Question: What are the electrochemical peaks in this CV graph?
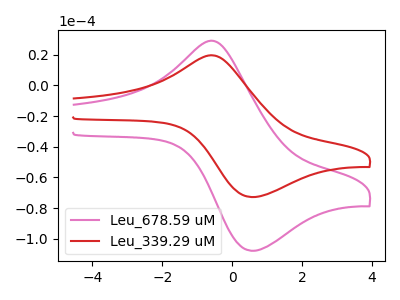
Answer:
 <answer>The pink curve "Leu_678.59 uM" has an anodic peak at (-0.50V, 28.85uA) and a cathodic peak at (0.55V, -107.90uA). The red curve "Leu_339.29 uM" has an anodic peak at (-0.50V, 19.45uA) and a cathodic peak at (0.55V, -72.85uA).</answer>
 <eval></eval>